Bréfritari: Jakobína Jónsdóttir
Viðtakandi: Sólveig Jónsdóttir
Dagsetning: A-1866-03-22
Skrifað á: Reykjavík  Gull.
systir bréfviðtakanda

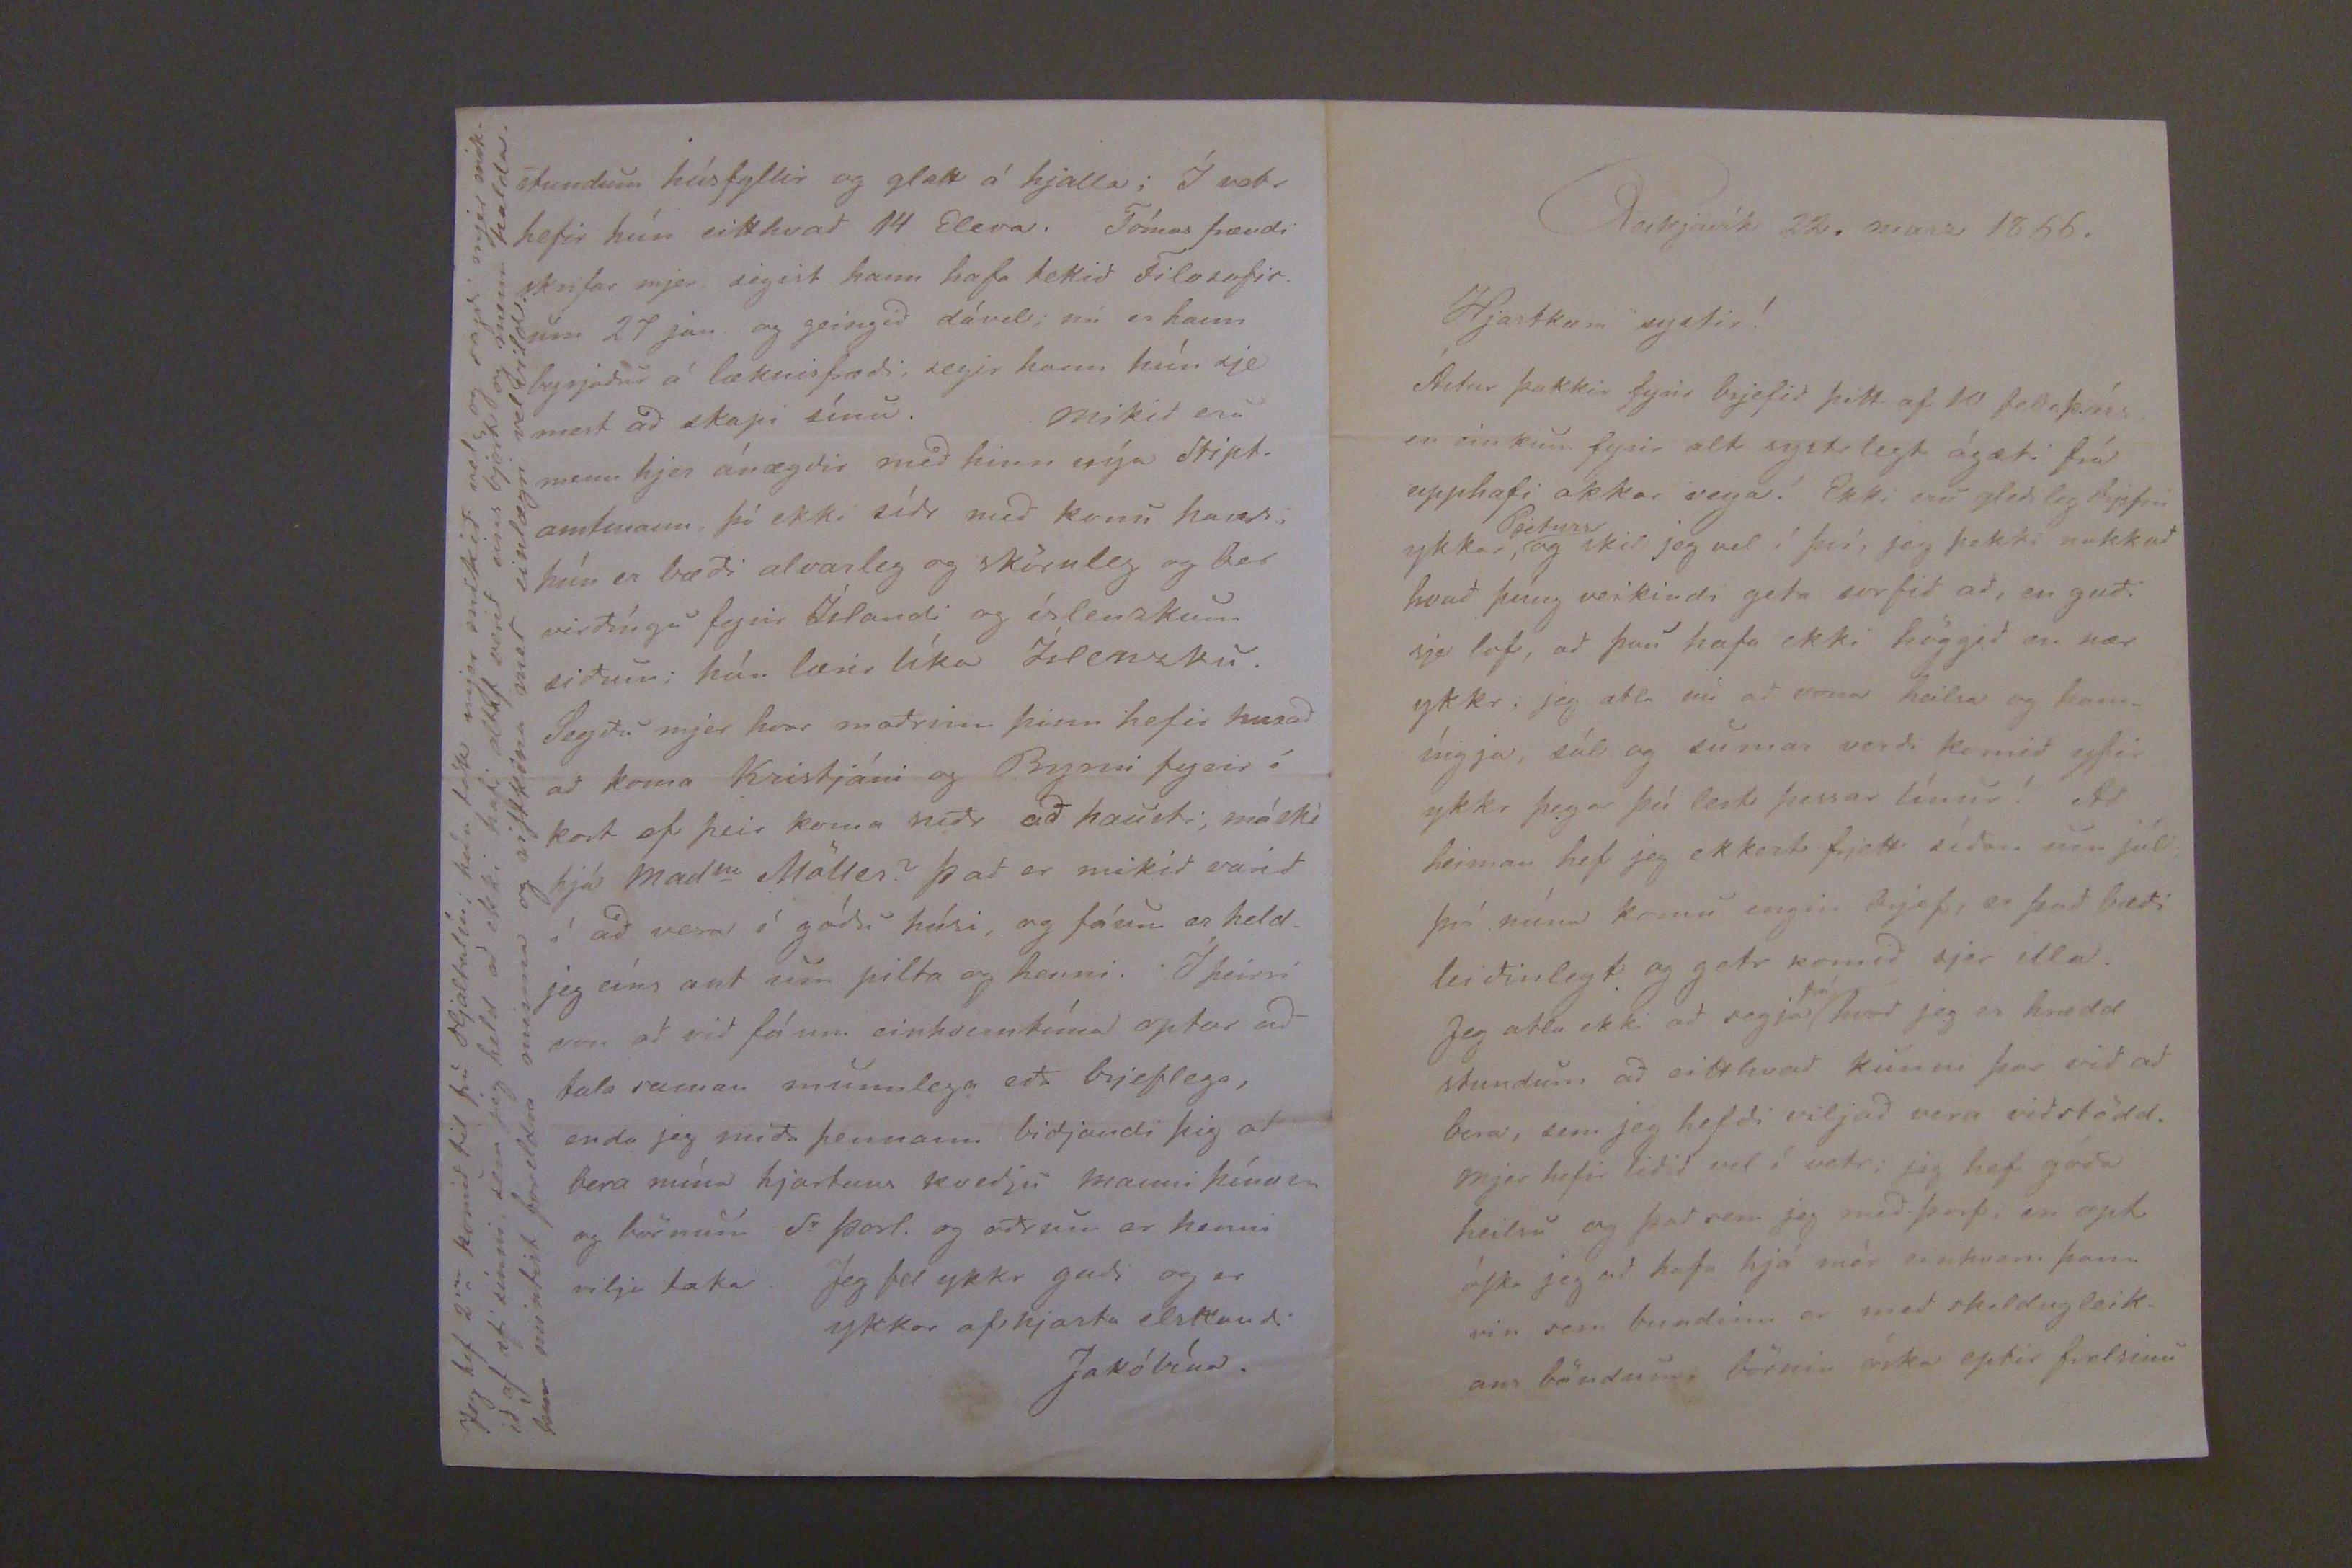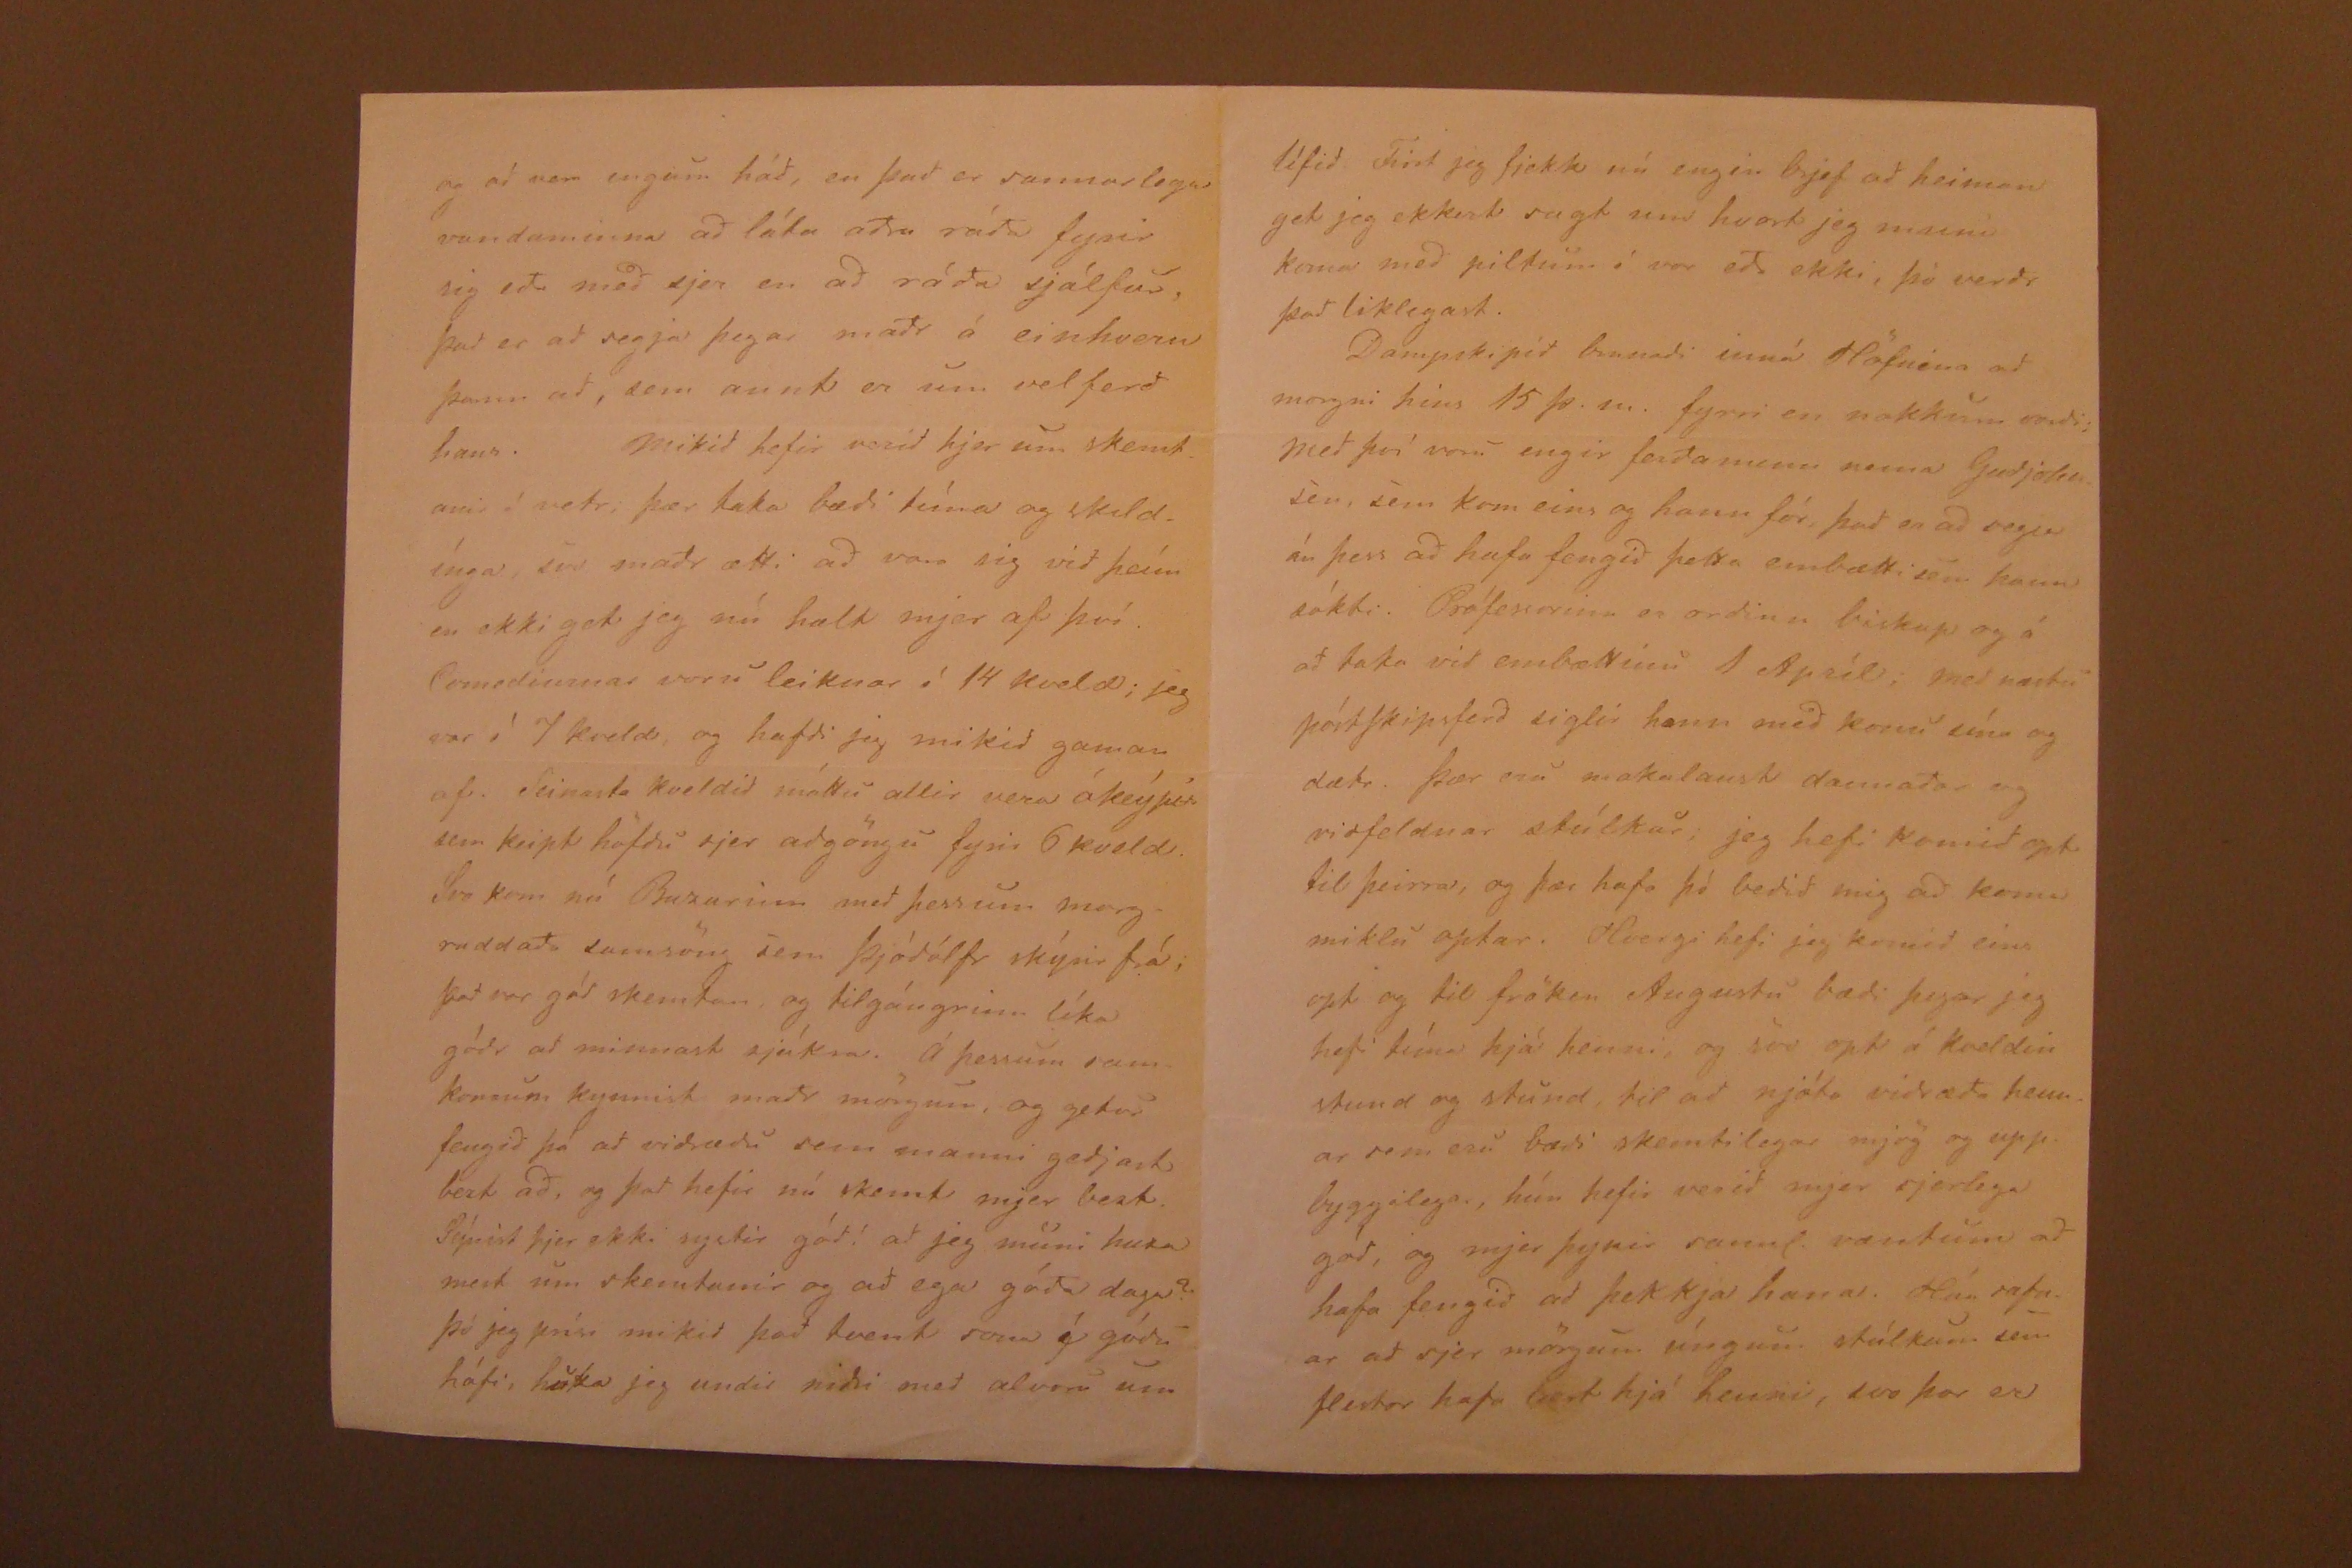

Reikjavík 22. marz 1866.
Hjartkæra systir!
Ástar þakkir fyrir brjefid þitt af 10 febr.
þ.á.s.
en einkum fyrir alt systrlegt ágæti frá upphafi okkar vega! Ekki eru gledileg brjefin ykkar
Pjeturs
, og skil jeg vel í því, jeg þekki nokkud hvad þúng veikindi geta
sorfid
ad, en gudi sje lof, ad þau hafa ekki höggid en nær ykkr; jeg ætla nú ad vona heilsa og hamíngja, sól og sumar verdi komid yfir ykkr þegar þú lest þessar línur! Ad heiman hef jeg ekkert frjett sídan um jól, því núna komu engin brjef, er þad bædi leidinlegt og getr komid sjer illa. Jeg ætla ekki ad segja
frá
hvad jeg er hrædd stundum ad eitthvad kunni þar vid ad bera, sem jeg hefdi viljad vera vidstödd. Mjer hefir lidid vel í vetr; jeg hef góda heilsu og þad sem jeg med þarf, en opt óSka jeg ad hafa hjá mér einhvern þann vin sem bundinn er med skildugleikans böndum, börnin óska eptir frelsinu
og ad vera engum hád, en þad er sannarlega vandaminna ad láta adra ráda fyrir sig eda med sjer en ad ráda sjálfur. Þad er ad segja þegar madr á einhvern þann ad, sem annt er um velferd hans. Mikid hefir verid hjerum skemtanir í vetr, þær taka bædi tíma og skildínga, svo madr ætti ad vara sig vid þeím en ekki get jeg nú halt mjer af því. Comedíurnar voru leiknar í 14 kveld; jeg var í 1 kveld, og hafdi jeg mikid gaman af. Seinasta kveldid máttu allir vera ókeýpis sem keipt höfdu sjer adgöngu fyrir 6 kveld. Svo kom nú
Bazarinn
med þessum margraddada samsöng sem Þjódólfr skýrir frá; þad var gód skemtan, og tilgángrinn líka gódr ad minnast sjúkra. Á þessum samkomum kynnist madr mörgum, og getur fengid þá ad vidrædu sem manni gedjast bezt ad, og þad hefir nú skemt mjer bezt. Sýnist þjer ekki systir gód! ad jeg muni huxa mest um skemtanir og ad ega góda daga? Þó jeg prísi mikid þad tvent sona í gódu hófi, huxa jeg undir nidri med alvöru um
stundum húsfyllir og glatt í hjalla; Í vetr hefir hún eitthvad 14 Eleva.
Tómas frændi skrifar mjer segist hann hafa tekid Filosofirum 27 jan og geingid dável; nú er hann byrjadur á læknisfrædi, segir hann hún sje mest ad skapi sínu. Mikid eru menn hjer ánægdir med hinn nýja Stiptamtmann þó ekki sídr med komu hans, hún er bædi alvarileg og sköruleg og ber virdíngu fyrir Íslandi og íslenskum sidum; hún lærir líka Íslensku. Segdu mjer hvar madrinn þinn hefir huxad ad koma Kristjáni og Byrni fyrir í kost ef þeir koma nidr ad hausti, máske hjá Mad
m
Möller? Þad er mikid varid í ad vera í gódu húsi, og fáum er heldjeg eíns ant um pilta og henni. Í þeirri von ad vid fáum einhverntíma optar ad tala saman munnlega eda brjeflega, enda jeg mida þennann bidjandi þig ad bera mína hjartans kvedju manni þínum og börnum Sr Þorl. og ödrum er henni vilja taka. Jeg tel ykkr gudi og er ykkar af hjarta elskandi
Jakóbína.
Jeg hef 2
var
komid til frú Hjaltalín; hún tók mjer mikid vel og sagdi mjer mikid af æfi sinni, sem jeg held ad ekki hafi altaf verid eins björt og menn halda, hún mintist foreldra minna og siSkina med einlægri velvild.
lífid. First jeg fjekk nú engin brjef ad heiman get jeg ekkert sagt um hvort jeg muni koma med piltum í vor eda ekki, þó verdr þad liklegast.
Dampskipid brunadi inná Höfnina ad morgni hins 15 þ.m. fyrri en nokkurn vardi; Med því voru engir ferdamenn nema Gudjohnsen, sem kom eins og hann fór, þad er ad segja án þess ad hafa fengid þetta embætti sem hann sókti. Prófessorinn er ordinn biskup og á ad taka vid embættinu 1 Apríl. Med næstu póstSkipsferd siglir hann med konu sína og dætr. Þær eru makalaust dannadar og vidfeldnar stúlkur, jeg hefi komid opt til þeirra, og þær hafa þó bedid mig ad koma miklu optar. Hvergi hefi jeg komid eins opt og til fröken Augustu bædi þegar jeg hefi tíma hjá henni, og svo opt á kveldin stund og stund, til ad njóta vidræda hennar sem eru bædi skemtilegar mjög og uppbyggilega, hún hefir verid mjer sjerlega gód, og mjer þyir sannl. væntum ad hafa fengid ad þekkja hana. Hún safnar ad sjer mörgum úngum stúlkum sem sestar hafa bezt hjá henni, svo þar er